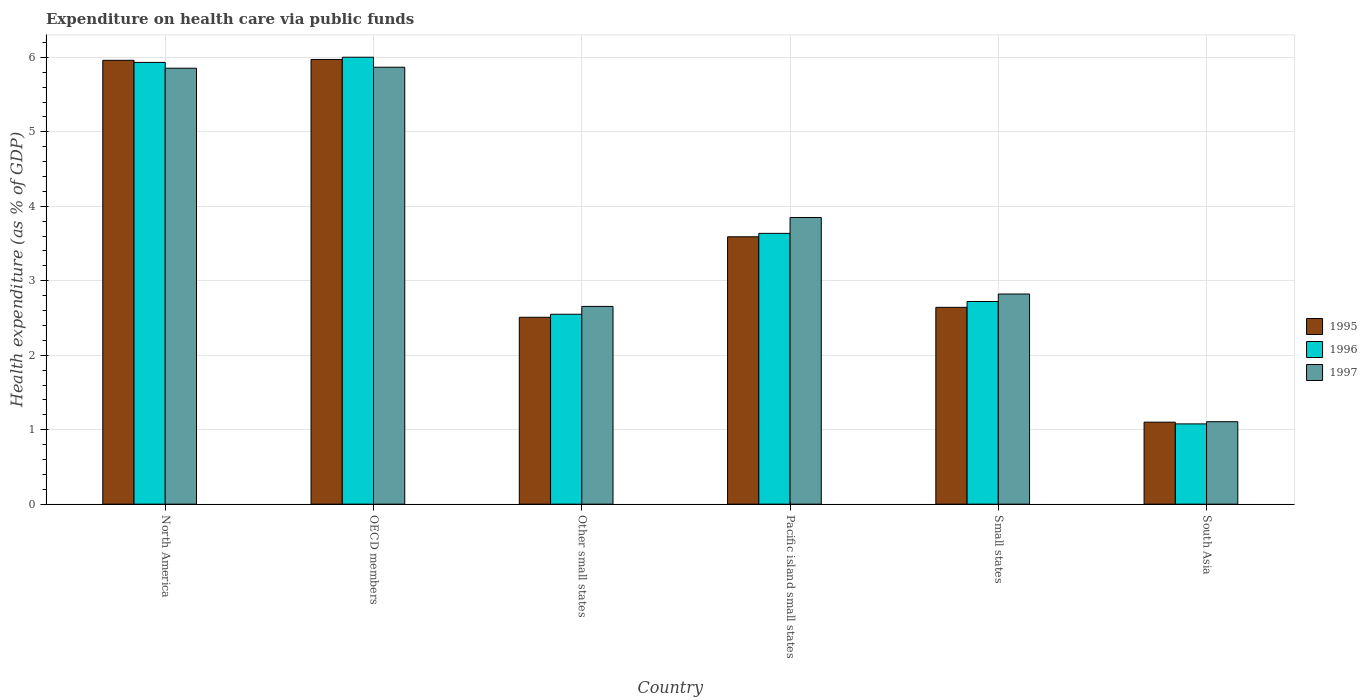
| Country | 1995 | 1996 | 1997 |
 | --- | --- | --- | --- |
 | North America | 5.96 | 5.93 | 5.85 |
 | OECD members | 5.97 | 6 | 5.87 |
 | Other small states | 2.51 | 2.55 | 2.66 |
 | Pacific island small states | 3.59 | 3.64 | 3.85 |
 | Small states | 2.64 | 2.72 | 2.82 |
 | South Asia | 1.1 | 1.08 | 1.11 |